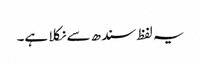
یہ لفظ سندھ سے نکلا ہے۔